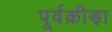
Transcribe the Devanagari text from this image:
पूर्वक्रीड़ा